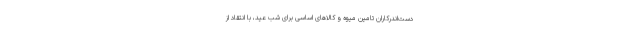
دست‌اندرکاران تامین میوه و کالاهای اساسی برای شب عید،‌ با انتقاد از